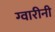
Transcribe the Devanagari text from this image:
ग्वारीनी